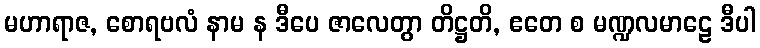
မဟာရာဇ, စောရဗလံ နာမ န ဒီပေ ဇာလေတွာ တိဋ္ဌတိ, ဧတေ စ မဏ္ဍလမာဠေ ဒီပါ